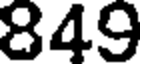
849